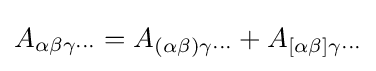
A_{\alpha \beta \gamma \cdots }=A_{(\alpha \beta )\gamma \cdots }+A_{[\alpha \beta ]\gamma \cdots }